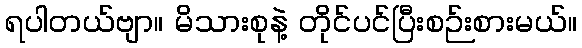
ရပါတယ်ဗျာ။ မိသားစုနဲ့ တိုင်ပင်ပြီးစဉ်းစားမယ်။